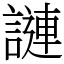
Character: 謰